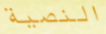
النصية